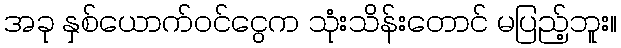
အခု နှစ်ယောက်ဝင်ငွေက သုံးသိန်းတောင် မပြည့်ဘူး။